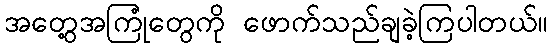
အတွေ့အကြုံတွေကို ဖောက်သည်ချခဲ့ကြပါတယ်။